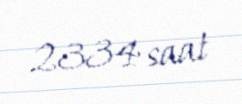
2334 saat